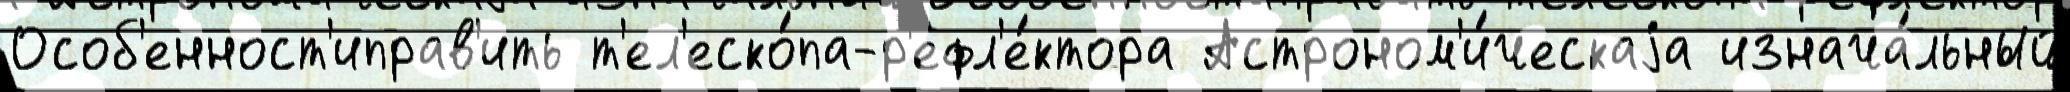
Особ'енност'иправ'ить т'ел'еско́па-р'ефл'е́ктора Астроном'и́ческаjа изнача́льный